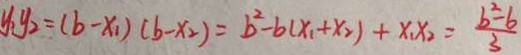
y _ { 1 } y _ { 2 } = ( b - x _ { 1 } ) ( b - x _ { 2 } ) = b ^ { 2 } - b ( x _ { 1 } + x _ { 2 } ) + x _ { 1 } x _ { 2 } = \frac { b ^ { 2 } - b } { 3 }